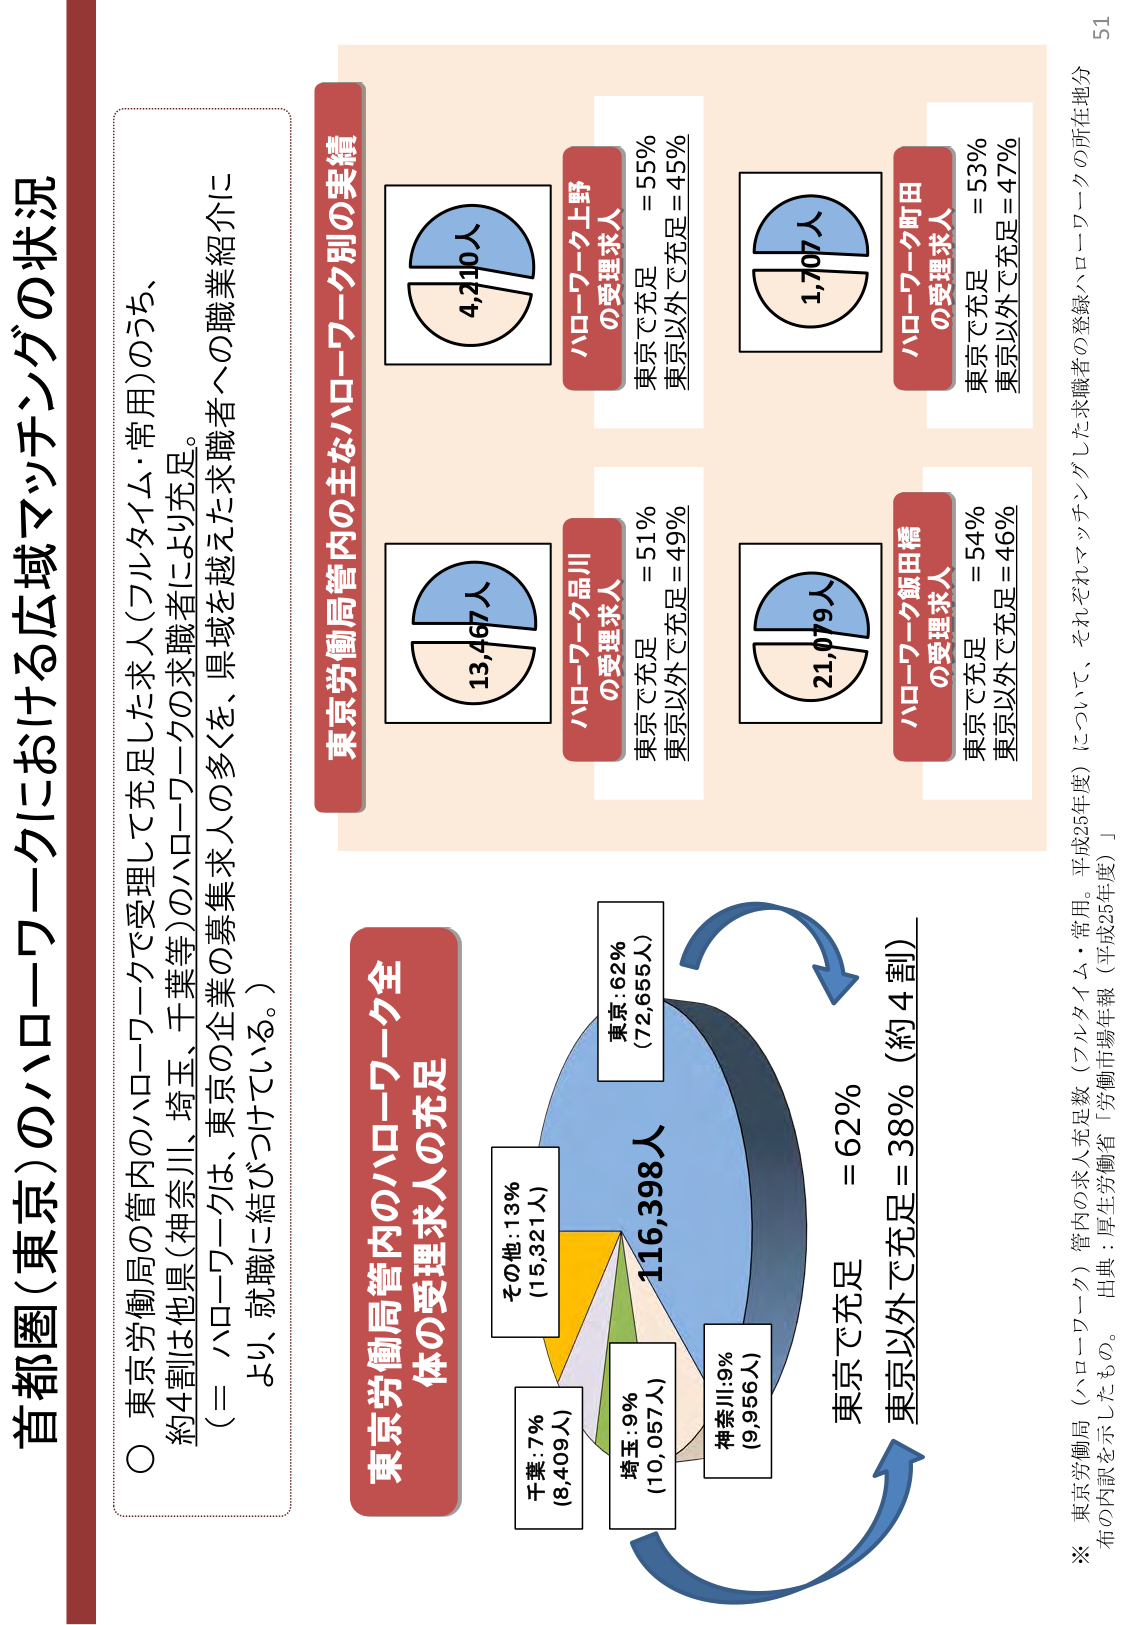
首都圏（東京）のハローワークにおける広域マッチングの状況

○ 東京労働局の管内のハローワークで受理して充実した求人（フルタイム・常用）のうち、
約4割は他県（神奈川、埼玉、千葉等）のハローワークの求職者により充足。
（＝ハローワークは、東京の企業の募集求人の多くを、県域を越えた求職者への職業紹介により、就職に結びつけている。）

東京労働局管内の主なハローワーク別の実績

ハローワーク上野
の受理求人
東京で充足 = 55%
東京以外で充足 = 45%
4,210人

ハローワーク品川
の受理求人
東京で充足 = 51%
東京以外で充足 = 49%
13,467人

ハローワーク飯田橋
の受理求人
東京で充足 = 54%
東京以外で充足 = 46%
21,079人

ハローワーク町田
の受理求人
東京で充足 = 53%
東京以外で充足 = 47%
1,707人

東京労働局管内のハローワーク全体の受理求人の充足

東京：62%
（72,655人）
116,398人
神奈川：9%
（9,956人）
埼玉：9%
（10,057人）
千葉：7%
（8,409人）
その他：13%
（15,321人）

東京で充足 = 62%
東京以外で充足 = 38%（約4割）

※ 東京労働局（ハローワーク）管内の求人充足数（フルタイム・常用。平成25年度）について、それぞれマッチングした求職者の登録ハローワークの所在地分布の内訳を示したもの。 出典：厚生労働省「労働市場年報（平成25年度）」

51